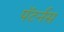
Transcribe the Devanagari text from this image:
पॅटर्नस